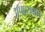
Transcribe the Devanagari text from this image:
अपहरणाचे